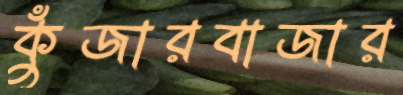
কুঁজারবাজার